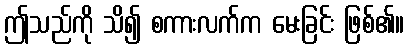
ဤသည်ကို သိ၍ စကားလက်က မေးခြင်း ဖြစ်၏။